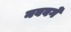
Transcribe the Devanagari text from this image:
नववर्गे